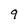
Character: 9